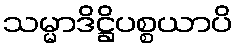
သမ္မာဒိဋ္ဌိပစ္စယာပိ